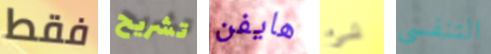
فقط تشريح هايفن شئ التنفسي